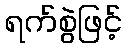
ရက်စွဲဖြင့်